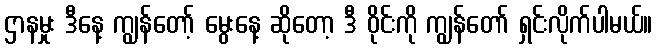
ဌာနမှုး ဒီနေ့ ကျွန်တော့် မွေးနေ့ ဆိုတော့ ဒီ ဝိုင်းကို ကျွန်တော် ရှင်းလိုက်ပါမယ်။